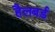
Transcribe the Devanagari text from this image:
हैलबर्ड